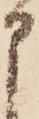
申